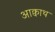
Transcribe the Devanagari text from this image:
आक्वाथ